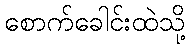
စောက်ခေါင်းထဲသို့